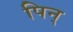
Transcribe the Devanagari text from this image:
पिन्